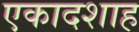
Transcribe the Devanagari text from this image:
एकादशाह